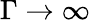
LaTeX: \Gamma\rightarrow\infty